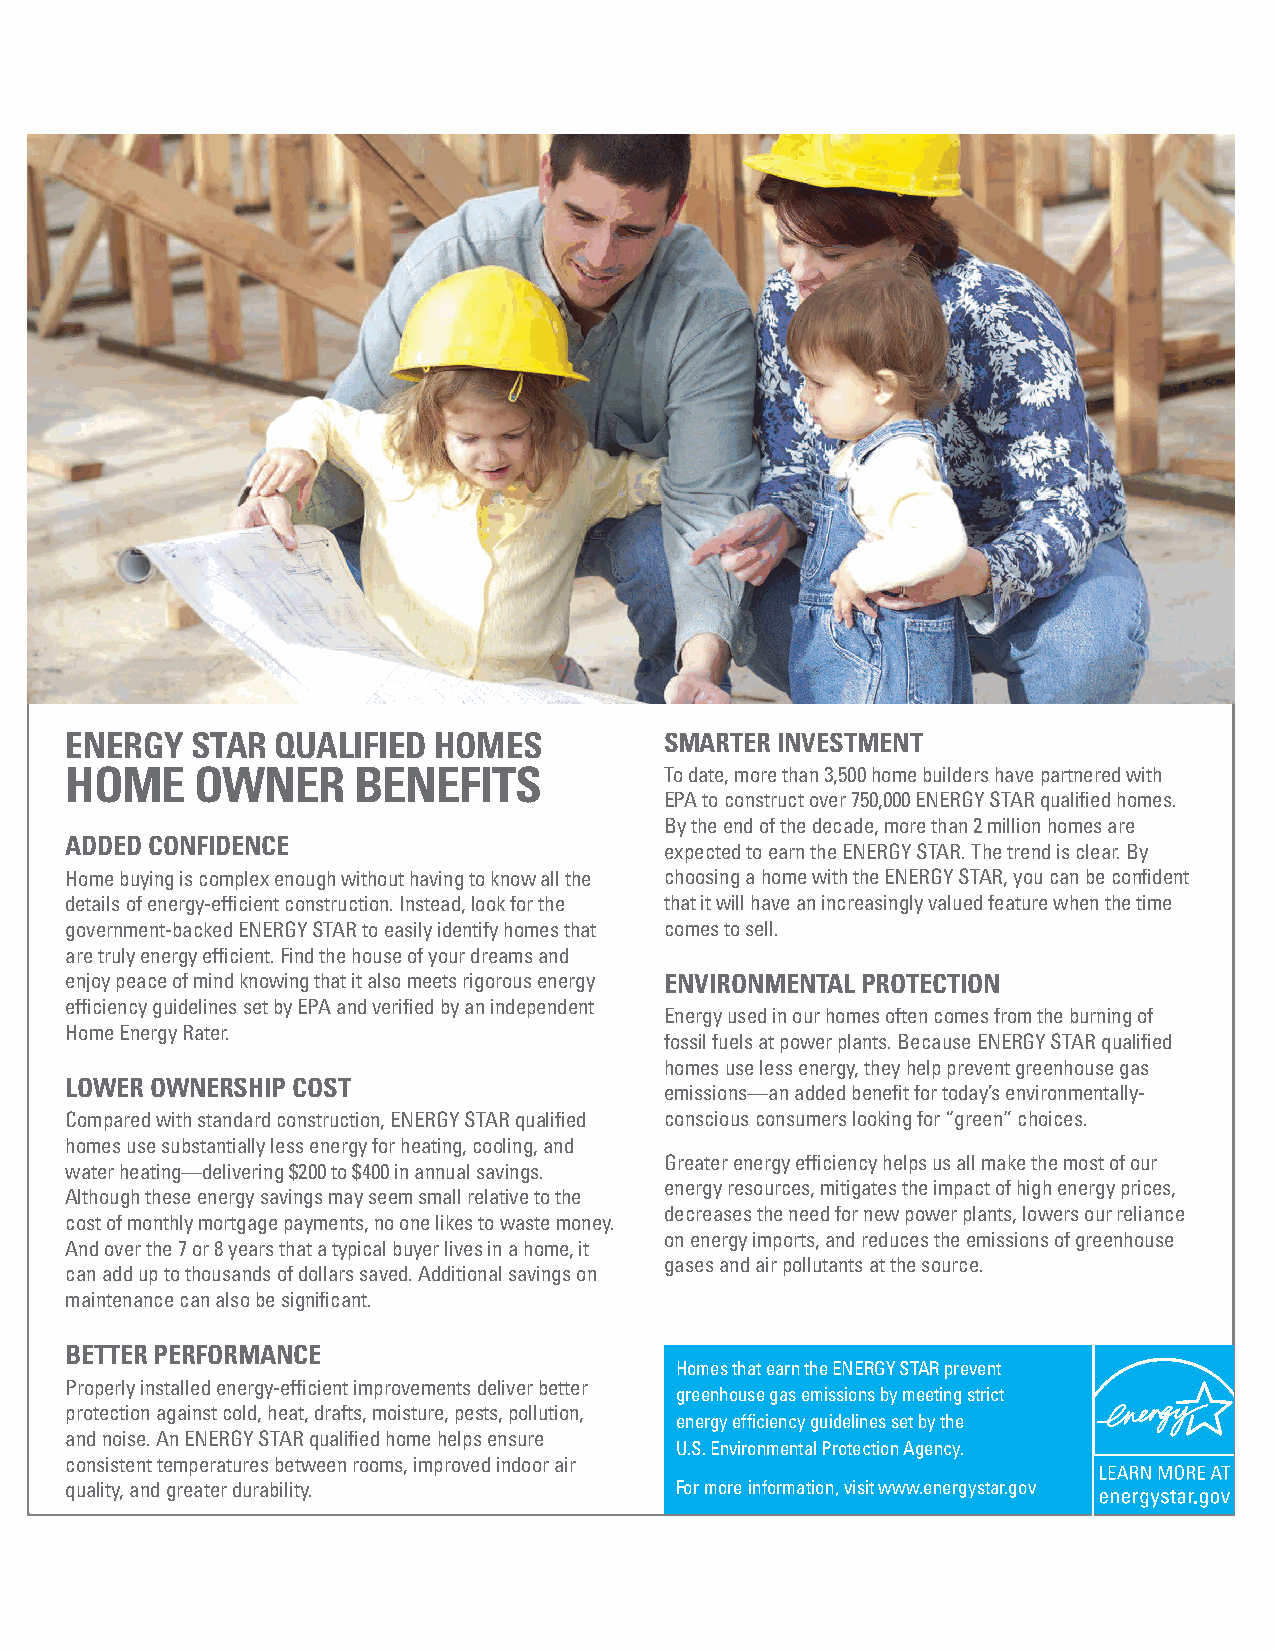
ENERGY   STAR QUALIFIED  HOMES          SMARTER INVESTMENT
 HOME     OWNER     BENEFITS
 To date, more than 3,500 home builders have partnered with
 EPA to construct over 750,000 ENERGY STAR qualified homes.
 By the end of the decade, more than 2 million homes are
 ADDED CONFIDENCE
 expected to earn the ENERGY STAR. The trend is clear. By
 Home buying is complex enough without having to know all the choosing a home with the ENERGY STAR, you can be confident
 details of energy-efficient construction. Instead, look for the that it will have an increasingly valued feature when the time
 government-backed ENERGY STAR to easily identify homes that comes to sell.
 are truly energy efficient. Find the house of your dreams and
 enjoy peace of mind knowing that it also meets rigorous energy ENVIRONMENTAL PROTECTION
 efficiency guidelines set by EPA and verified by an independent
 Energy used in our homes often comes from the burning of
 Home Energy Rater.
 fossil fuels at power plants. Because ENERGY STAR qualified
 homes use less energy, they help prevent greenhouse gas
 LOWER OWNERSHIP COST
 emissions—an added benefit for today’s environmentally-
 Compared with standard construction, ENERGY STAR qualified conscious consumers looking for “green” choices.
 homes use substantially less energy for heating, cooling, and
 Greater energy efficiency helps us all make the most of our
 water heating—delivering $200 to $400 in annual savings.
 energy resources, mitigates the impact of high energy prices,
 Although these energy savings may seem small relative to the
 decreases the need for new power plants, lowers our reliance
 cost of monthly mortgage payments, no one likes to waste money.
 on energy imports, and reduces the emissions of greenhouse
 And over the 7 or 8 years that a typical buyer lives in a home, it
 gases and air pollutants at the source.
 can add up to thousands of dollars saved. Additional savings on
 maintenance can also be significant.
 BETTER PERFORMANCE
 Homes that earn the ENERGY STAR prevent
 Properly installed energy-efficient improvements deliver better
 greenhouse gas emissions by meeting strict
 protection against cold, heat, drafts, moisture, pests, pollution,
 energy efficiency guidelines set by the
 and noise. An ENERGY STAR qualified home helps ensure
 U.S. Environmental Protection Agency.
 consistent temperatures between rooms, improved indoor air
 quality, and greater durability.         For more information, visit www.energystar.gov